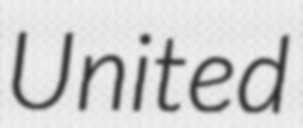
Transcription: United